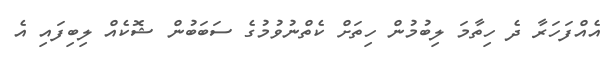
އެއްފަހަރާ ދެ ހިތާމަ ލިބުމުން ހިތަށް ކެތްނުވުމުގެ ސަބަބުން ޝޮކެއް ލިބިފައި އެ